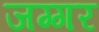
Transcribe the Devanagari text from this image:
जग्गर